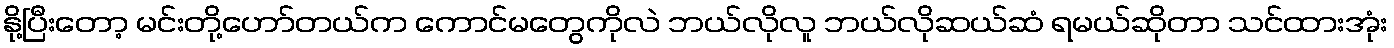
နို့ပြီးတော့ မင်းတို့ဟော်တယ်က ကောင်မတွေကိုလဲ ဘယ်လိုလူ ဘယ်လိုဆယ်ဆံ ရမယ်ဆိုတာ သင်ထားအုံး